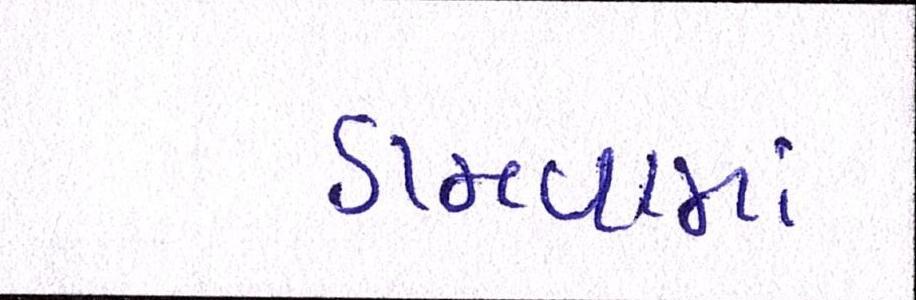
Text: ડામવામાં